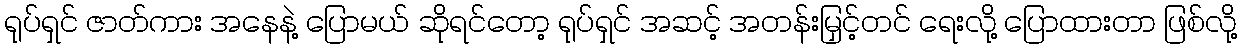
ရုပ်ရှင် ဇာတ်ကား အနေနဲ့ ပြောမယ် ဆိုရင်တော့ ရုပ်ရှင် အဆင့် အတန်းမြှင့်တင် ရေးလို့ ပြောထားတာ ဖြစ်လို့